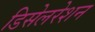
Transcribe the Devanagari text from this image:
डिसेलरेशन